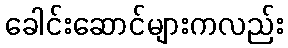
ခေါင်းဆောင်များကလည်း